Medical and sanitary report of the native army of Bengal for the year
Year: 1875
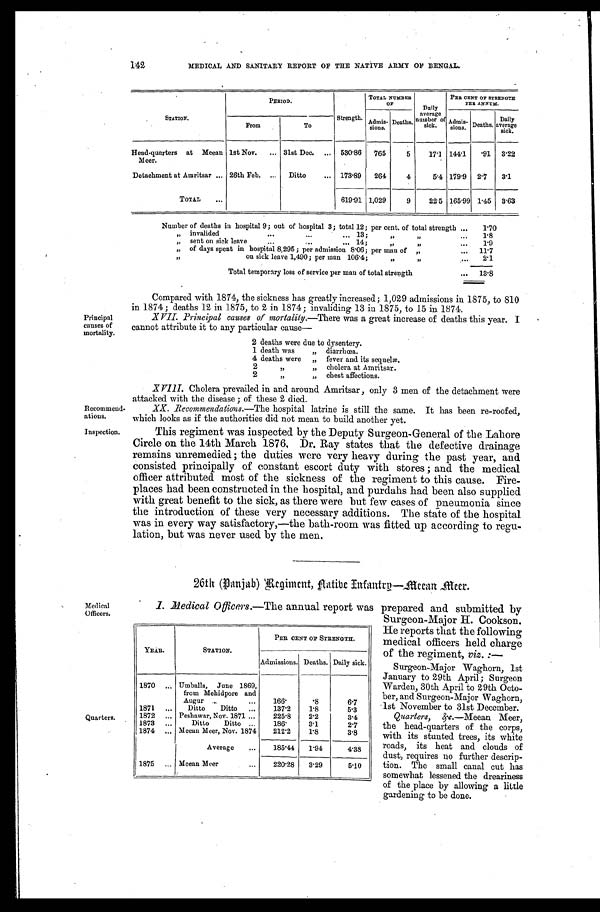
Principal
causes of
mortality.
Recommend
-ations.
Inspection.
Medical
Officers.
MEDICAL AND SANITARY REPORT OF THE NATIVE ARMY OF BENGAL.
STATION.
P E R I O D .
Strength.
TOTAL NUMBER
OF
Daily
average
number of
sick.
PER CENT OF STRENGTH
PER ANNUM.
Admis
-sions.
A d m i s - s i o n s . Deaths.
Daily
average sick.
Deaths.
From
To
Head-quarters at Meean
Meer.
lst Nov. . . . 31st Dec. . . . 530.86
765
5
17.1 144.1
.91
3.22
Detachment at Amritsar . . . 26th Feb. . . .
Ditto . . . 173.89
264
4
5.4 179.9
2.7
3.1
TOTAL . . .
619.91 1,029
9
22.5 165 . 99 1.45
3.63
Number of deaths in hospital 9; out of hospital 3; total 12; per cent. of total strength . . .
1.70
" invalided" 13; " " . . .
1.8
" sent on sick leave . . .14; " " . . .
1.9
" of days spent in hospital 8,295 ; per admission 8.06; per man of " . . .
1 1 . 7
" on sick leave 1,490; per man 106.4; " " . . .
2.1
Total temporary loss of service per man of total strength . . .
13.8
142
Quarters.
Compared with 1874, the sickness has greatly increased; 1,029 admissions in 1875, to 810
in 1874 ; deaths 12 in 1875, to 2 in 1874 ; invaliding 13 in 1875, to 15 in 1874.
XVII. Principal causes of mortality.—There was a great increase of deaths this year. I
cannot attribute it to any particular cause
—
2 deaths were due to dysentery.
1 death was " d
iarrhœa.
4 deaths were " fever and its sequelæ.
2
" " cholera at Amritsar.
2
" " chest affections.
XVIII.
Cholera prevailed in and around Amritsar, only 3 men of the detachment were
attacked with the disease ; of these 2 died.
XX. Recommendations. —The hospital latrine is still the same. It has been re-roofed,
which looks as if the authorities did not mean to build another yet.
This regiment was inspected by the Deputy Surgeon-General of the Lahore
Circle on the 14th March 1876, Dr. Ray states that the defective drainage
remains unremedied ; the duties were very heavy during the past year, and
consisted principally of constant escort duty with stores ; and the medical
officer attributed most of the sickness of the regiment to this cause. Fire
-places had been constructed in the hospital, and purdahs had been also supplied
with great benefit to the sick, as there were but few cases of pneumonia since
the introduction of these very necessary additions. The state of the hospital
was in every way satisfactory,—the bath-room was fitted up according to regu
-lation, but was never used by the men.
26th (Panjab) Regiment, Native Infantry—Meean Meer.
I . M e d i c a l O f f i c e r s . — T h ea
n n u a l r e p o r t w a s p r e p a r e d a n d s u b m i t t e d b y
Surgeon-Major H. Cookson.
He reports that the following
medical officers held charge
of the regiment, viz. :—
Surgeon-Major Waghorn, 1st
January to 29th April ; Surgeon
Warden, 30th April to 29th Octo
- b e r , a n d S u r g e o n - M a j o r W a g h o r n ,
1st November to 31st December.
Quarters,&c. —Meean Meer,
the head-quarters of the corps,
with its stunted trees, its white
roads, its heat and clouds of
dust, requires no further descrip
- t i o n . T h e s m a l l c a n a l c u t h a s
somewhat lessened the dreariness
of the place by allowing a little
gardening to be done.
YEAR.
STATION.
PER CENT OF STRENGTH.
Admissions. Deaths. Daily sick.
1870 . . .
Umballa,
June 1869,
from Mehidpore and
Augur . . .
166.
. 8
6.7
1871 . . .
Ditto Ditto . . .
137.2
1.8
5.3
1872 . . .
Peshawar, Nov. 1871 . . .
225.8
2.2
3.4
1873 . . .
Ditto Ditto . . . 186.
3.1
2.7
1874 . . .
Meean Meer, Nov. 1874
212.2
1.8
3.8
Average . . .
185.44
1.94
4.38
1875 . . .
Meean Meer . . .
220.28
3 . 29
5.10